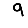
Digit: 9